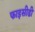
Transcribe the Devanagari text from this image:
फाइसीडी